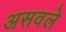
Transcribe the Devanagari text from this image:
असवले